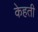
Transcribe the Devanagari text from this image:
केहती